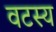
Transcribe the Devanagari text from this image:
वटस्य